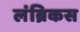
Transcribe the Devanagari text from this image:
लंब्रिकस